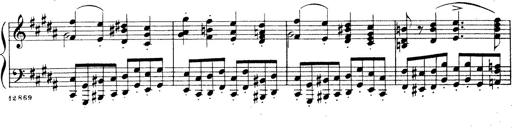
Title: Wagner-Liszt Album
Composer: Franz Liszt